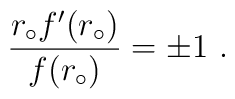
\frac{r_\circ f^\prime (r_\circ)}{f(r_\circ)} = \pm 1 \ .